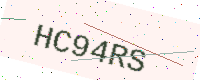
Text: HC94RS